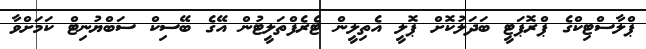
ޕްލާސްޓިކްގެ ޕްރޮޕަޓީ ބަދަލުކޮށް ޕޮލީ އެތިލީން ޓެރެފްތަލީޓުން އޭގެ ބޭސިކް ސަބްޔުނިޓް ކަމަށްވާ